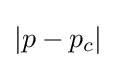
|p-p_{c}|\,\!